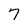
Character: 7